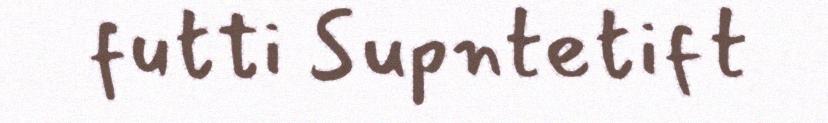
futti Supntetift